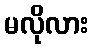
မလိုလား